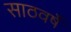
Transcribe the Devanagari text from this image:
साठवर्षे